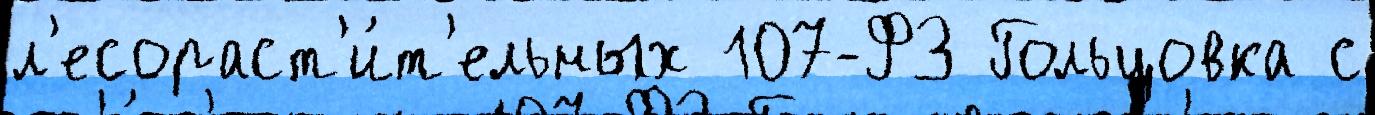
л'есораст'и́т'ельных 107-ФЗ Гольцовка с